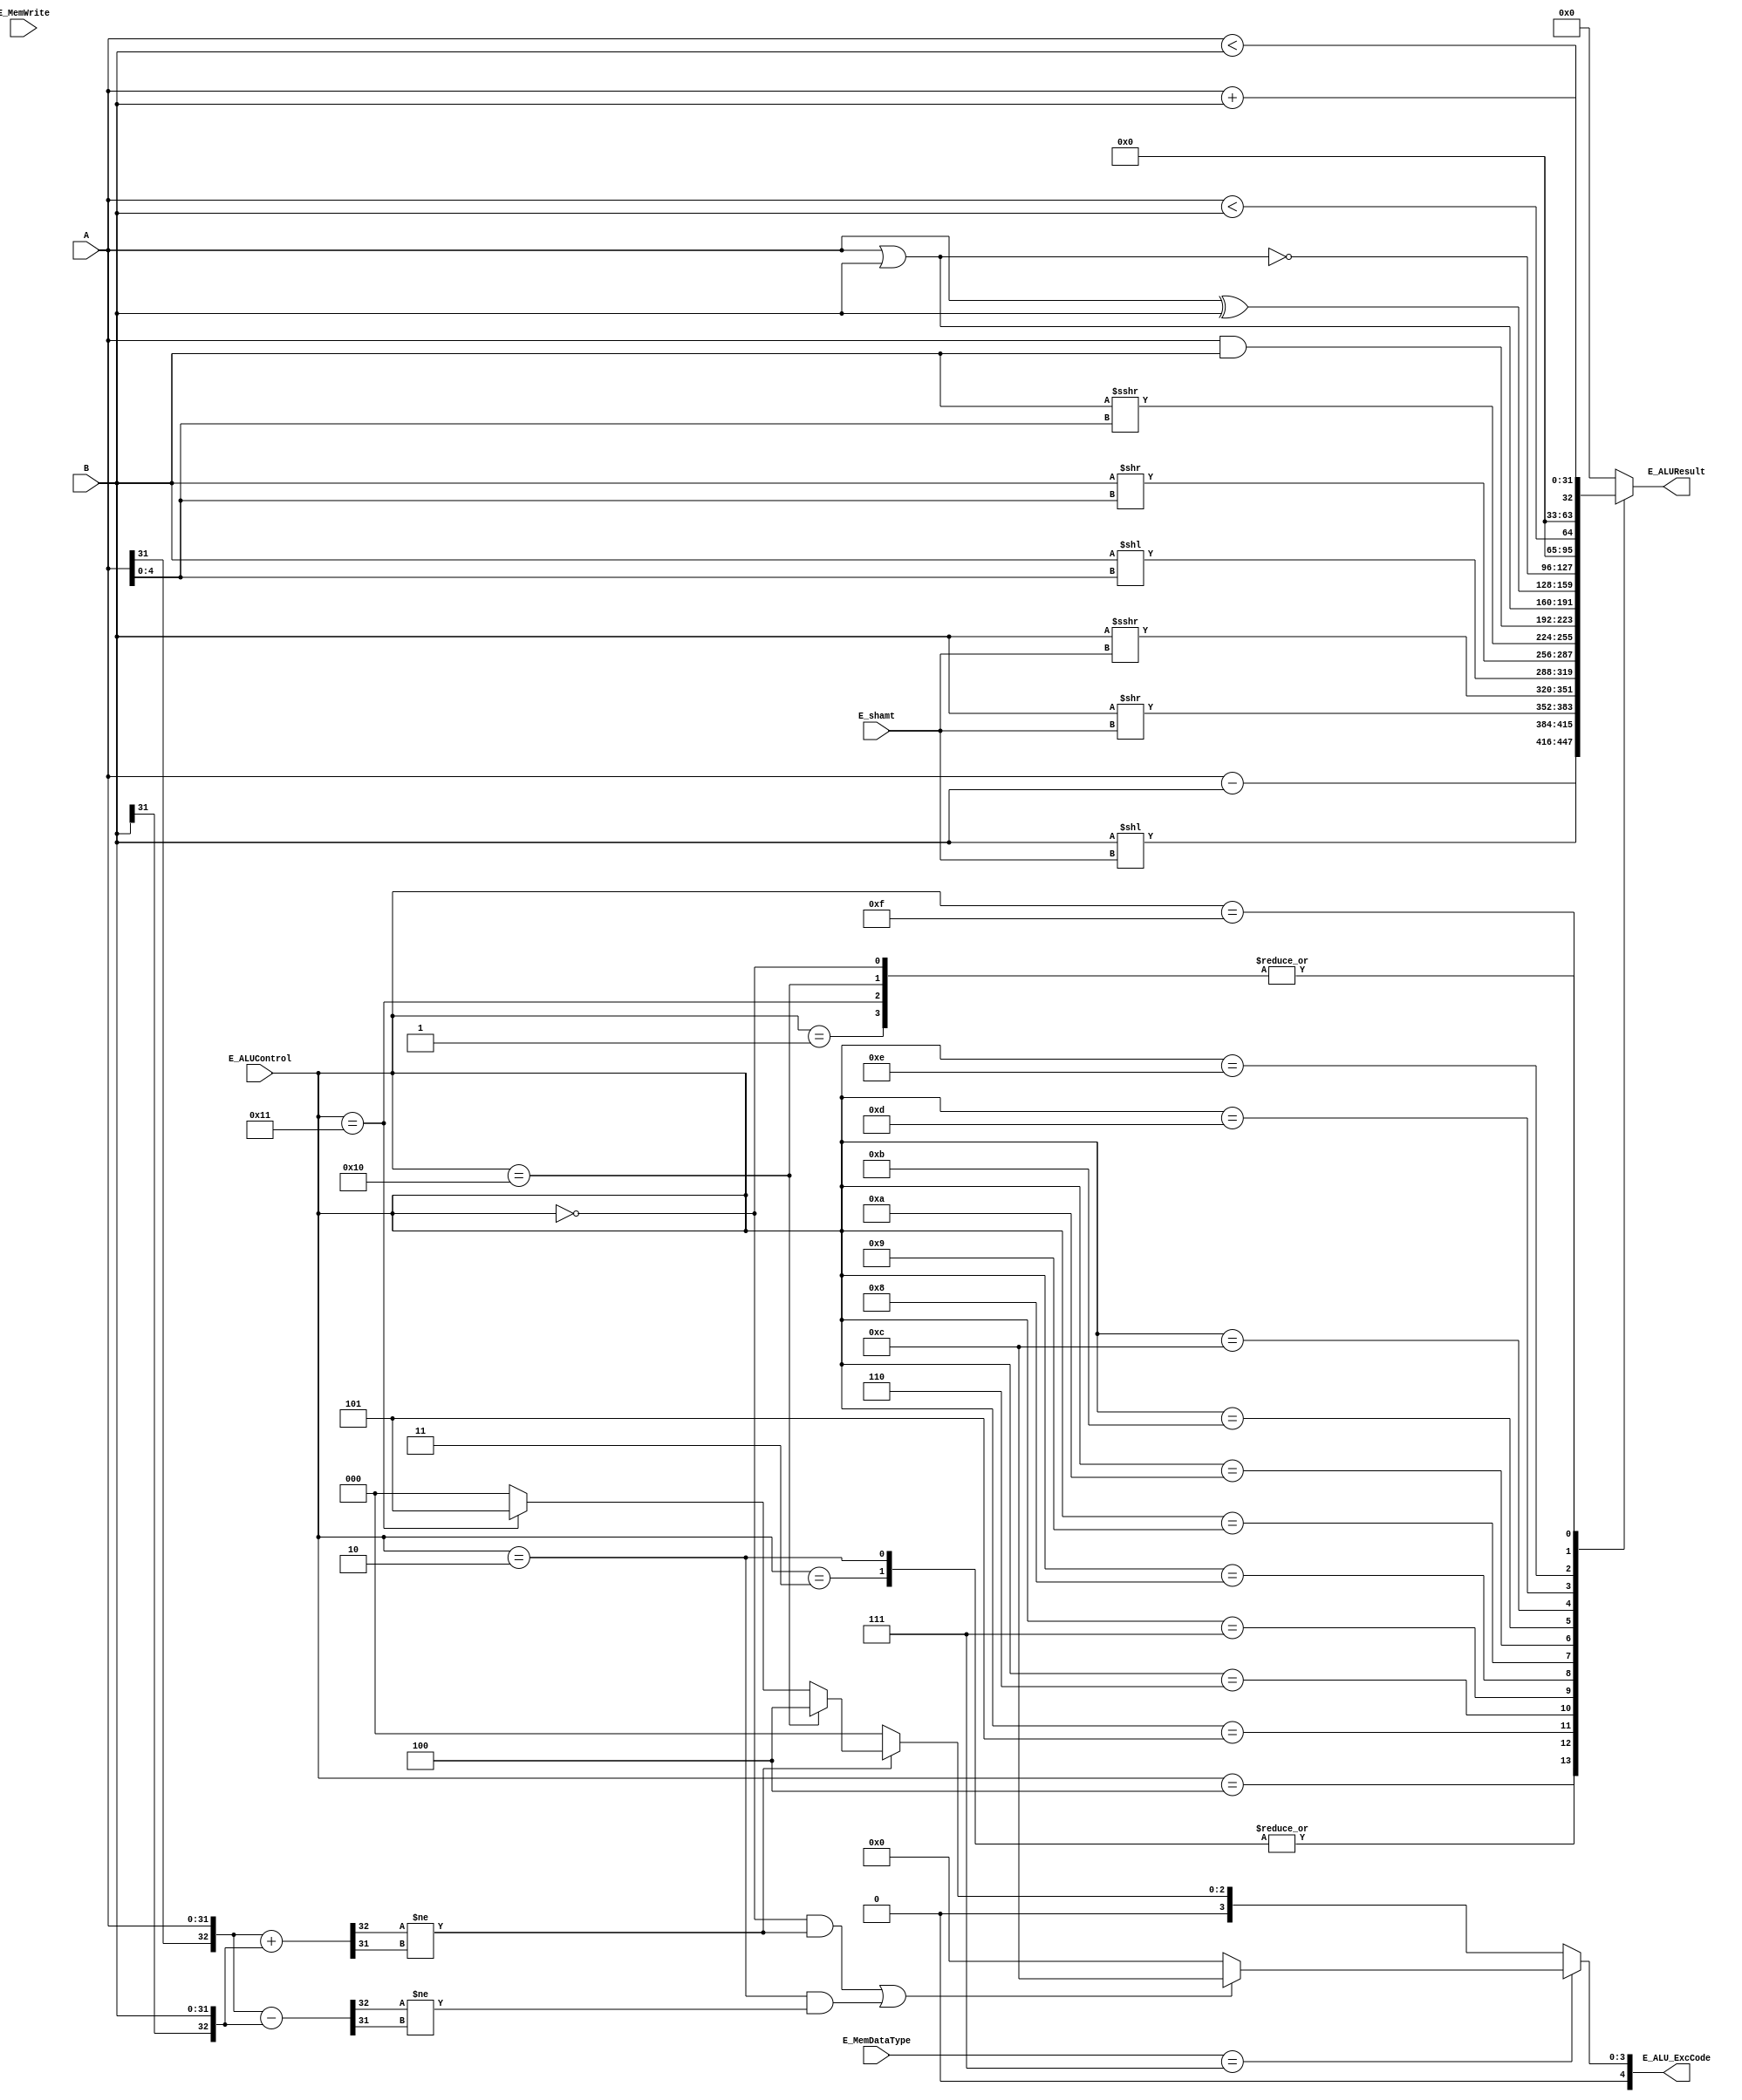
module E_ALU(
    input [31:0] A,
    input [31:0] B,
    input [4:0] E_ALUControl,
    input [4:0] E_shamt,
    input [2:0] E_MemDataType,
    input E_MemWrite,
    output reg [31:0] E_ALUResult,
    output reg [4:0] E_ALU_ExcCode);

    parameter ADD_ALU = 5'd0, ADDU_ALU = 5'd1, SUB_ALU = 5'd2, SUBU_ALU = 5'd3;
    parameter SLL_ALU = 5'd4, SRL_ALU = 5'd5, SRA_ALU = 5'd6, SLLV_ALU = 5'd7;
    parameter SRLV_ALU = 5'd8, SRAV_ALU = 5'd9, AND_ALU = 5'd10, OR_ALU = 5'd11;
    parameter XOR_ALU = 5'd12, NOR_ALU = 5'd13, SLT_ALU = 5'd14, SLTU_ALU = 5'd15;
    parameter LOAD_ALU = 5'd16, STORE_ALU = 5'd17;
    parameter NONE_TYPE = 3'b111;
    parameter AdEL_EXC = 5'd4, AdES_EXC = 5'd5, RI_EXC = 5'd10, Ov_EXC = 5'd12;

    wire addOverflow, subOverflow;
    wire [32:0] b33A, b33B, b33add, b33sub;

    assign b33A = {A[31], A};
    assign b33B = {B[31], B};
    assign b33add = b33A + b33B;
    assign b33sub = b33A - b33B;
    assign addOverflow = (b33add[32] != b33add[31]);
    assign subOverflow = (b33sub[32] != b33sub[31]);

    always @(*) begin
        if (E_MemDataType == NONE_TYPE) begin
            E_ALU_ExcCode = (((E_ALUControl == ADD_ALU) & addOverflow) | ((E_ALUControl == SUB_ALU) & subOverflow)) ? Ov_EXC : 5'h0;
        end
        else begin
            if (addOverflow) begin
                E_ALU_ExcCode = (E_ALUControl == LOAD_ALU) ? AdEL_EXC :
                                (E_ALUControl == STORE_ALU) ? AdES_EXC : 5'h0;
            end
            else E_ALU_ExcCode = 5'h0;
        end
    end



    always @(*) begin
        case (E_ALUControl)
            ADD_ALU:    E_ALUResult = A + B;
            ADDU_ALU:    E_ALUResult = A + B;
            SUB_ALU:    E_ALUResult = A - B;
            SUBU_ALU:    E_ALUResult = A - B;
            SLL_ALU:    E_ALUResult = B << E_shamt;
            SRL_ALU:    E_ALUResult = B >> E_shamt;
            SRA_ALU:    E_ALUResult = $signed(B) >>> E_shamt;
            SLLV_ALU:    E_ALUResult = B << (A[4:0]);
            SRLV_ALU:    E_ALUResult = B >> (A[4:0]);
            SRAV_ALU:    E_ALUResult = $signed(B) >>> (A[4:0]);
            AND_ALU:    E_ALUResult = A & B;
            OR_ALU:     E_ALUResult = A | B;
            XOR_ALU:    E_ALUResult = A ^ B;
            NOR_ALU:     E_ALUResult = ~(A | B);
            SLT_ALU:    E_ALUResult = {{31'd0}, $signed($signed(A) < $signed(B))};
            SLTU_ALU:    E_ALUResult = {{31'd0}, A < B};
            LOAD_ALU:   E_ALUResult = A + B;
            STORE_ALU:   E_ALUResult = A + B;
            default:    E_ALUResult = 0;
        endcase
    end

endmodule